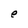
Character: e